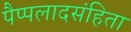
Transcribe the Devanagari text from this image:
पैप्पलादसंहिता